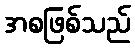
အစဖြစ်သည်